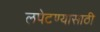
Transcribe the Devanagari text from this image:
लपेटण्यासाठी